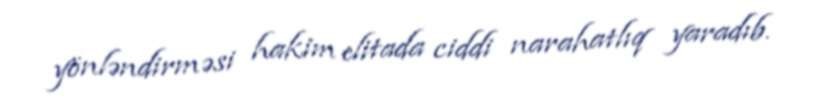
yönləndirməsi hakim elitada ciddi narahatlıq yaradıb.